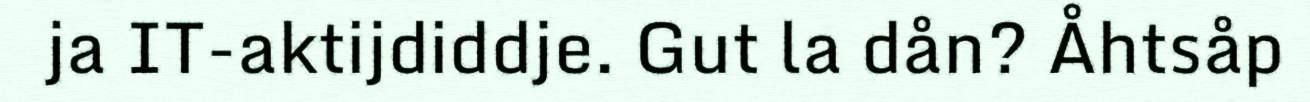
ja IT-aktijdiddje. Gut la dån? Åhtsåp